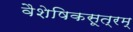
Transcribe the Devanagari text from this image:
वैशेषिकसूत्रम्